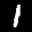
Label: 1